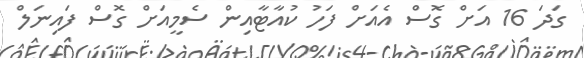
ގަދަ 16 އަށް ގޮސް އެއަށް ފަހު ކުއާޓާއިން ސެމީއަށް ގޮސް ފައިނަލް